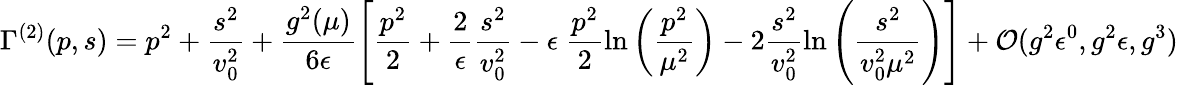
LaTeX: \Gamma^{(2)}(p,s)=p^{2}+\frac{s^{2}}{v_{0}^{2}}+\frac{g^{2}(\mu)}{6\epsilon}\left[\frac{p^{2}}{2}+\frac{2}{\epsilon}\frac{s^{2}}{v_{0}^{2}}-\epsilon~\frac{p^{2}}{2}\ln\left(\frac{p^{2}}{\mu^{2}}\right)-2\frac{s^{2}}{v_{0}^{2}}\ln\left(\frac{s^{2}}{v_{0}^{2}\mu^{2}}\right)\right]+\mathcal{O}(g^{2}\epsilon^{0},g^{2}\epsilon,g^{3})